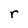
Character: r